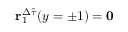
\mathbf { r } _ { 1 } ^ { \Delta \hat { \tau } } ( y = \pm 1 ) = \mathbf { 0 }